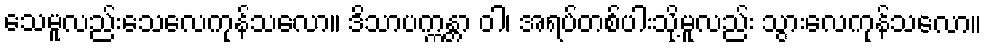
သေမူလည်းသေလေကုန်သလော။ ဒိသာပက္ကန္တာ ဝါ၊ အရပ်တစ်ပါးသို့မူလည်း သွားလေကုန်သလော။